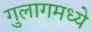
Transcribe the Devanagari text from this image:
गुलागमध्ये